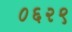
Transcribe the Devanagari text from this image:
०६२९